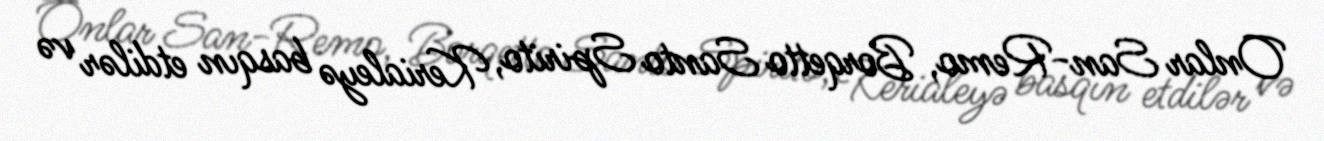
Onlar San-Remo, Borqetto Santo Spirito, Kerialeyə basqın etdilər və